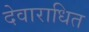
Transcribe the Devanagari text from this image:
देवाराधित